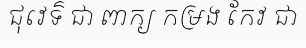
ជុវេទ៌ ជា ពាក្យ កម្រង កែវ ជា